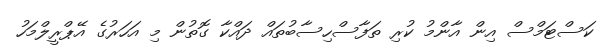
ކަސްޓަމްސް އިން އާންމު ކުރި ތަފާސްހިސާބުތައް ދައްކާ ގޮތުން މި އަހަރުގެ އޭޕްރީލްމަހު